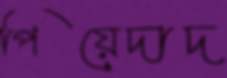
পিয়েদাদ